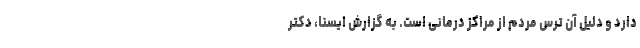
دارد و دلیل آن ترس مردم از مراکز درمانی است. به گزارش ایسنا، دکتر